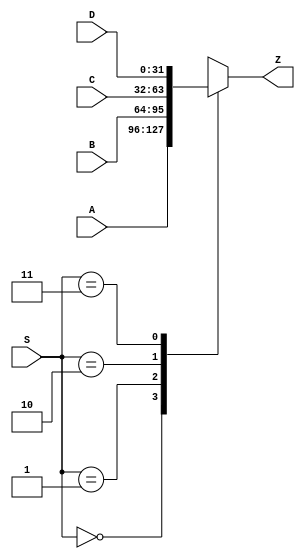
module mux4to1(
input wire [N - 1:0] A,
input wire [N - 1:0] B,
input wire [N - 1:0] C,
input wire [N - 1:0] D,
input wire [1:0] S,
output reg [N - 1:0] Z
);

parameter [31:0] N = 32;




  always @(S, A, B, C, D) begin
    case(S)
    2'b00 : begin
      Z <= A;
    end
    2'b01 : begin
      Z <= B;
    end
    2'b10 : begin
      Z <= C;
    end
    2'b11 : begin
      Z <= D;
    end
    default : begin
      Z <= A;
    end
    endcase
  end


endmodule